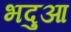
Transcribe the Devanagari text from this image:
भदुआ